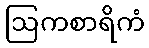
ဩကစာရိကံ